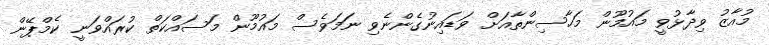
މުއާޒު ވިދާޅުވީ މައުމޫން މަހާސިންތާއަށް ވަޑައިނުގެންނެވި ނަމަވެސް މައުމޫން މަސައްކަތް ކުރައްވަނީ ކެމްޕޭން